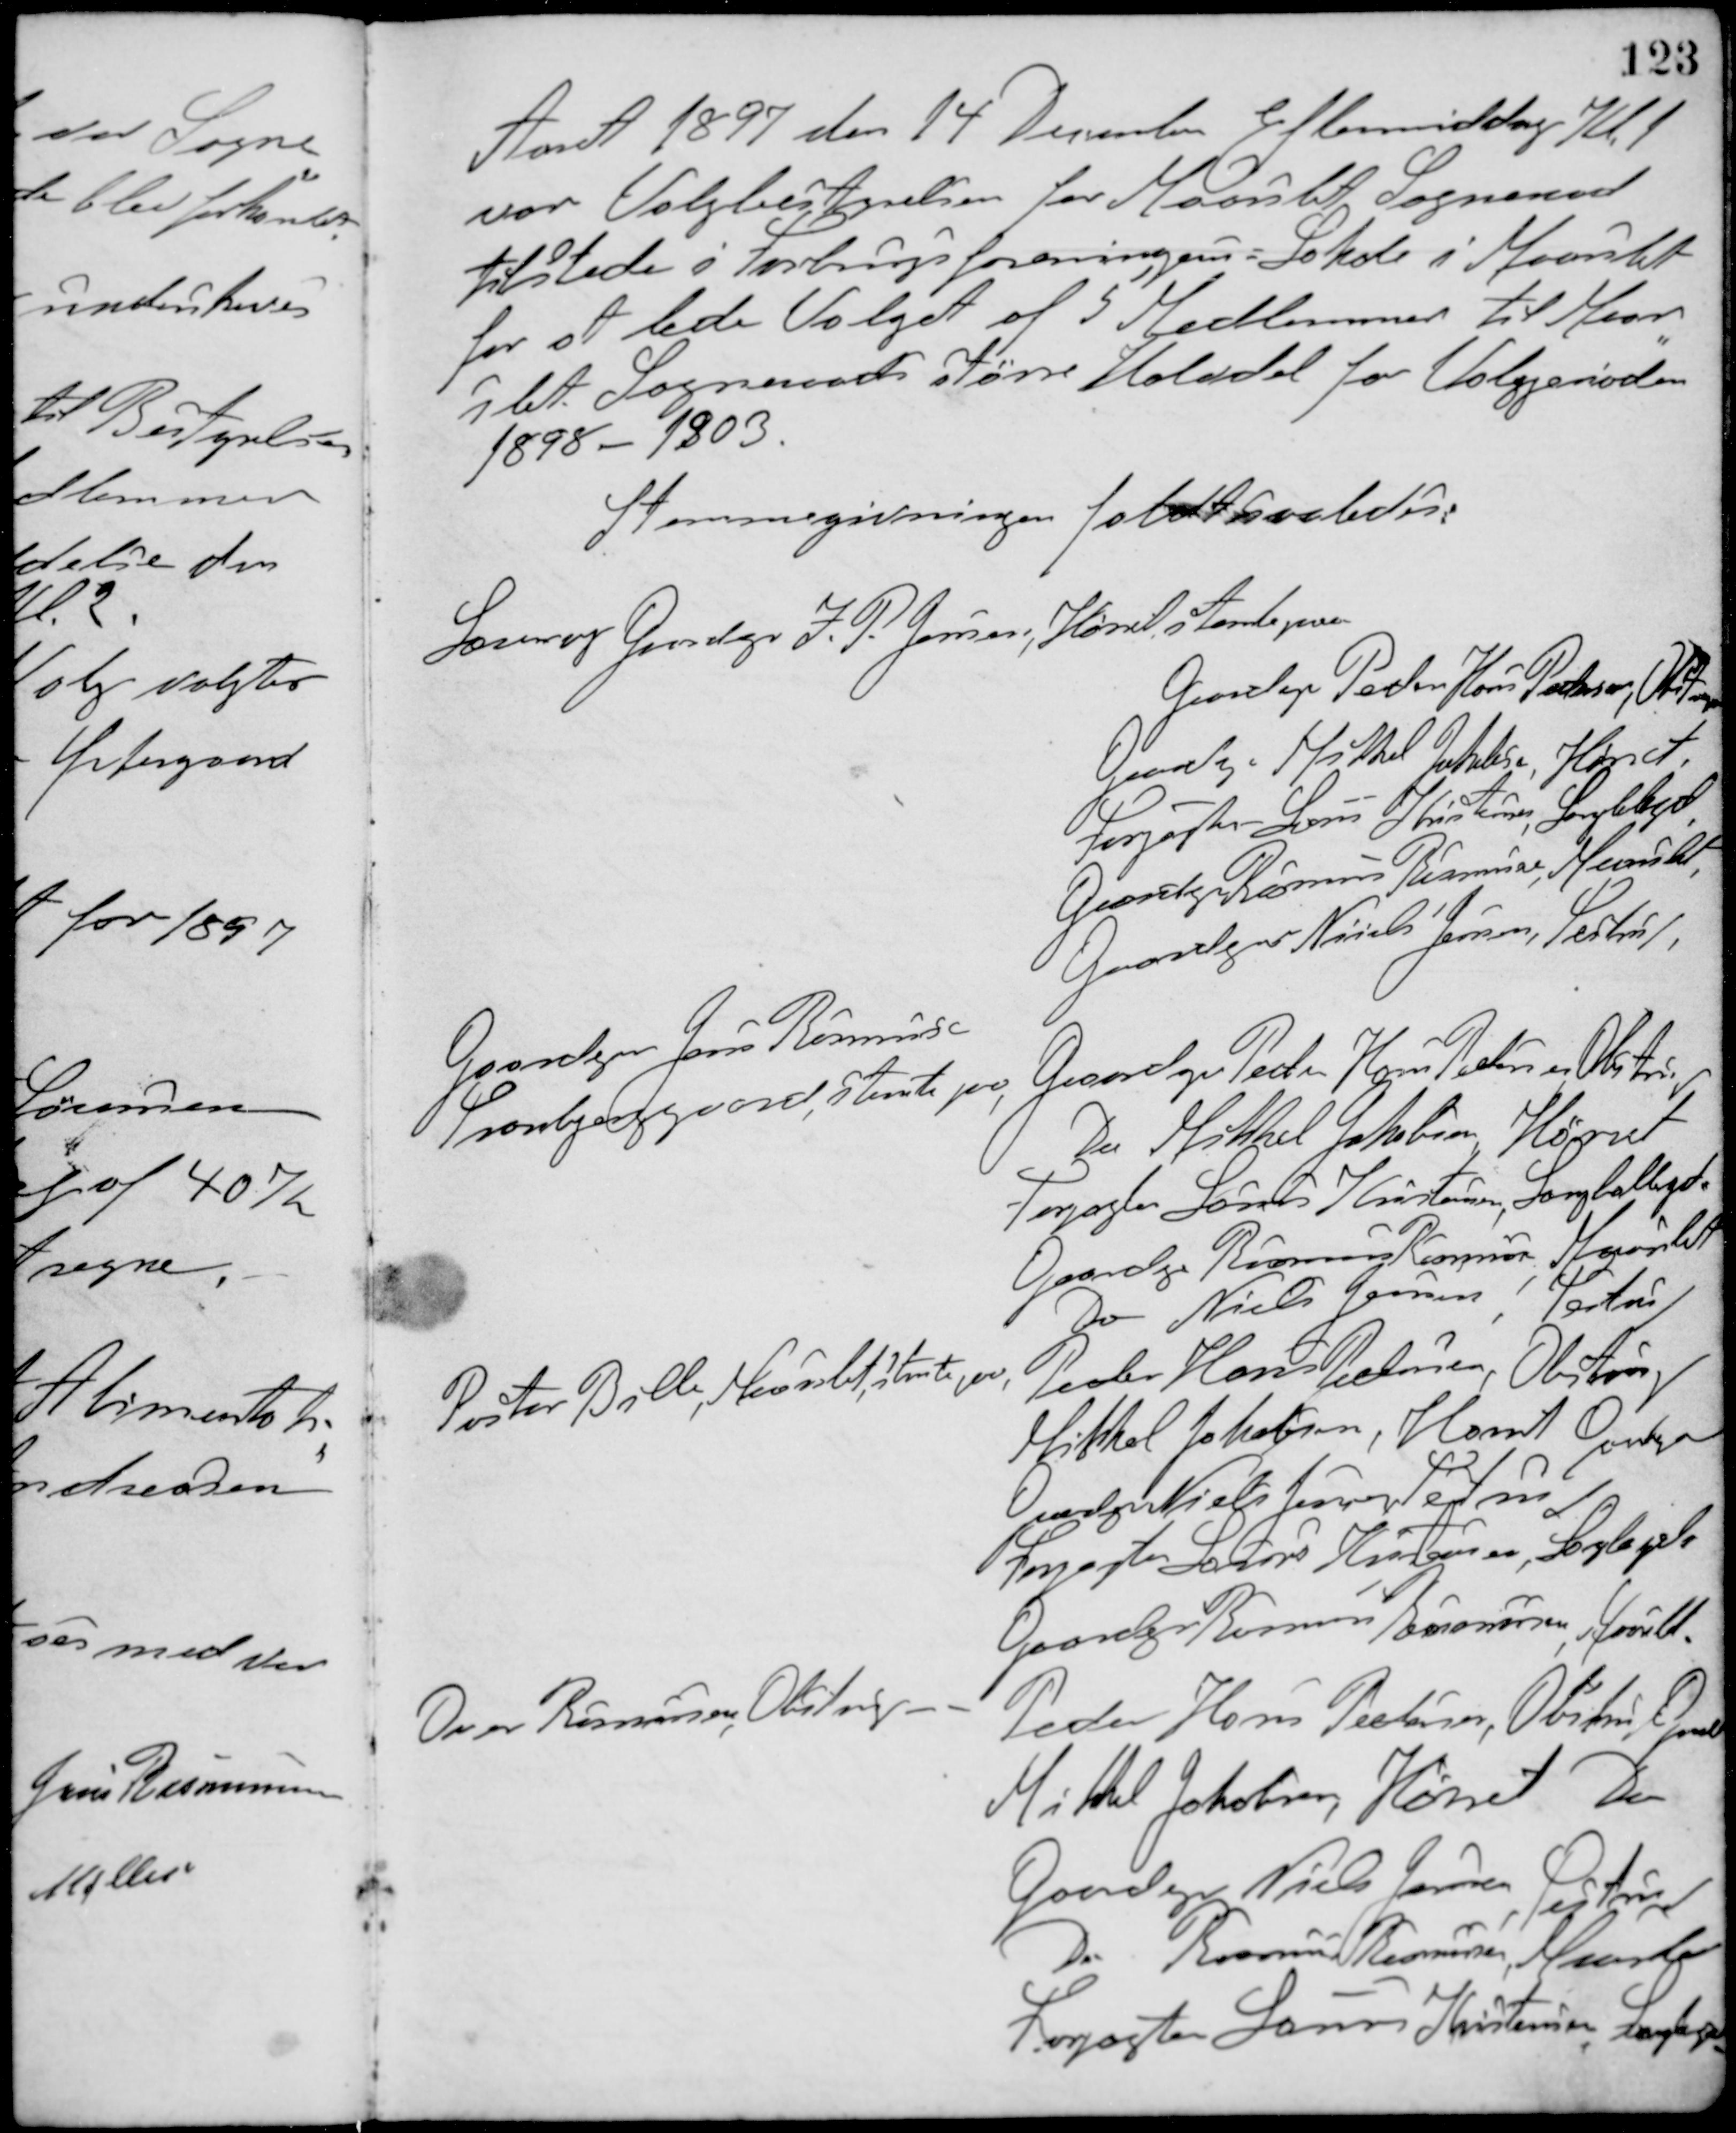
Transskription:
Aaret 1897 den 14 December Eftermiddag Kl. 1
var Valgbestyrelsen for Maarslet Sogneraad
tilstede i Forbrugsforeningens Lokale i Maarslet
for at lede Valget af 5 Medlemmer til Maar-
slet Sogneraads større Halvdel for Valgperioden
1898 - 1903.
Stemmegivningen faldt saaledes:
Lærer og Gaardejer I. P. Jensen, Hørret stemte paa
Gaardejer Peder Hans Pedersen, Obstrup,
Gaardejer Mikkel Jakobsen, Hørret,
Forpagter Laurs Kristensen, Langballe,
Gaardejer Rasmus Rasmussen Maarslet,
Gaardejer Niels Jensen, Testrup,
Gaardejer Jens Rasmussen
Tranbjerggaard, stemte paa,
Gaardejer Peder Hans Pedersen, Obstrup,
Do. Mikkel Jakobsen, Hørret,
Forpagter Laurs Kristensen, Langballegd.
Gaardejer Rasmus Rasmussen, Maarslet
Do. Niels Jensen, Testrup,
Pastor Bille, Maarslet, stemte paa,
Peder Hans Pedersen, Obstrup
Mikkel Jakobsen, Hørret Onder
Gaardejer Niels Jensen, Testrup
Forpagter Laurs Kirstensen, Langballe
Gaardejer Rasmus Rasmussen, Hørret
Over Rasmussen, Obstrup - -
Peder Hans Pedersen, Obstrup Gaard
Mikkel Jakobsen, Hørret Den
Gaardejer Niels Jensen, Testrup
Do. Rasmus Rasmussen, Maarslet
Forpagter Laurs Kristensen, Langballe